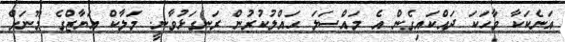
އަނެކަކާ ވާހަކަ ދައްކައިގެން އެ މައްސަލަ ޙައްލުކުރުން ރަނގަޅުވާނީ. މަލާކް އަޔާޒްގެ މޫނަށް